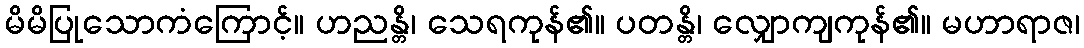
မိမိပြုသောကံကြောင့်။ ဟညန္တိ၊ သေရကုန်၏။ ပတန္တိ၊ လျှောကျကုန်၏။ မဟာရာဇ၊